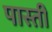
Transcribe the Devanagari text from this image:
पास्ती